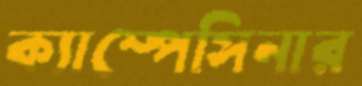
ক্যাম্পেসিনার